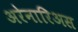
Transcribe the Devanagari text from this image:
अरेनारिअस